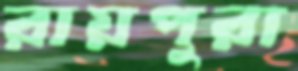
রায়পুরা